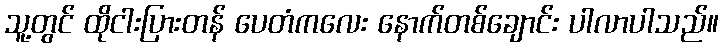
သူ့တွင် ထိုငါးပြားတန် ပေတံကလေး နောက်တစ်ချောင်း ပါလာပါသည်။